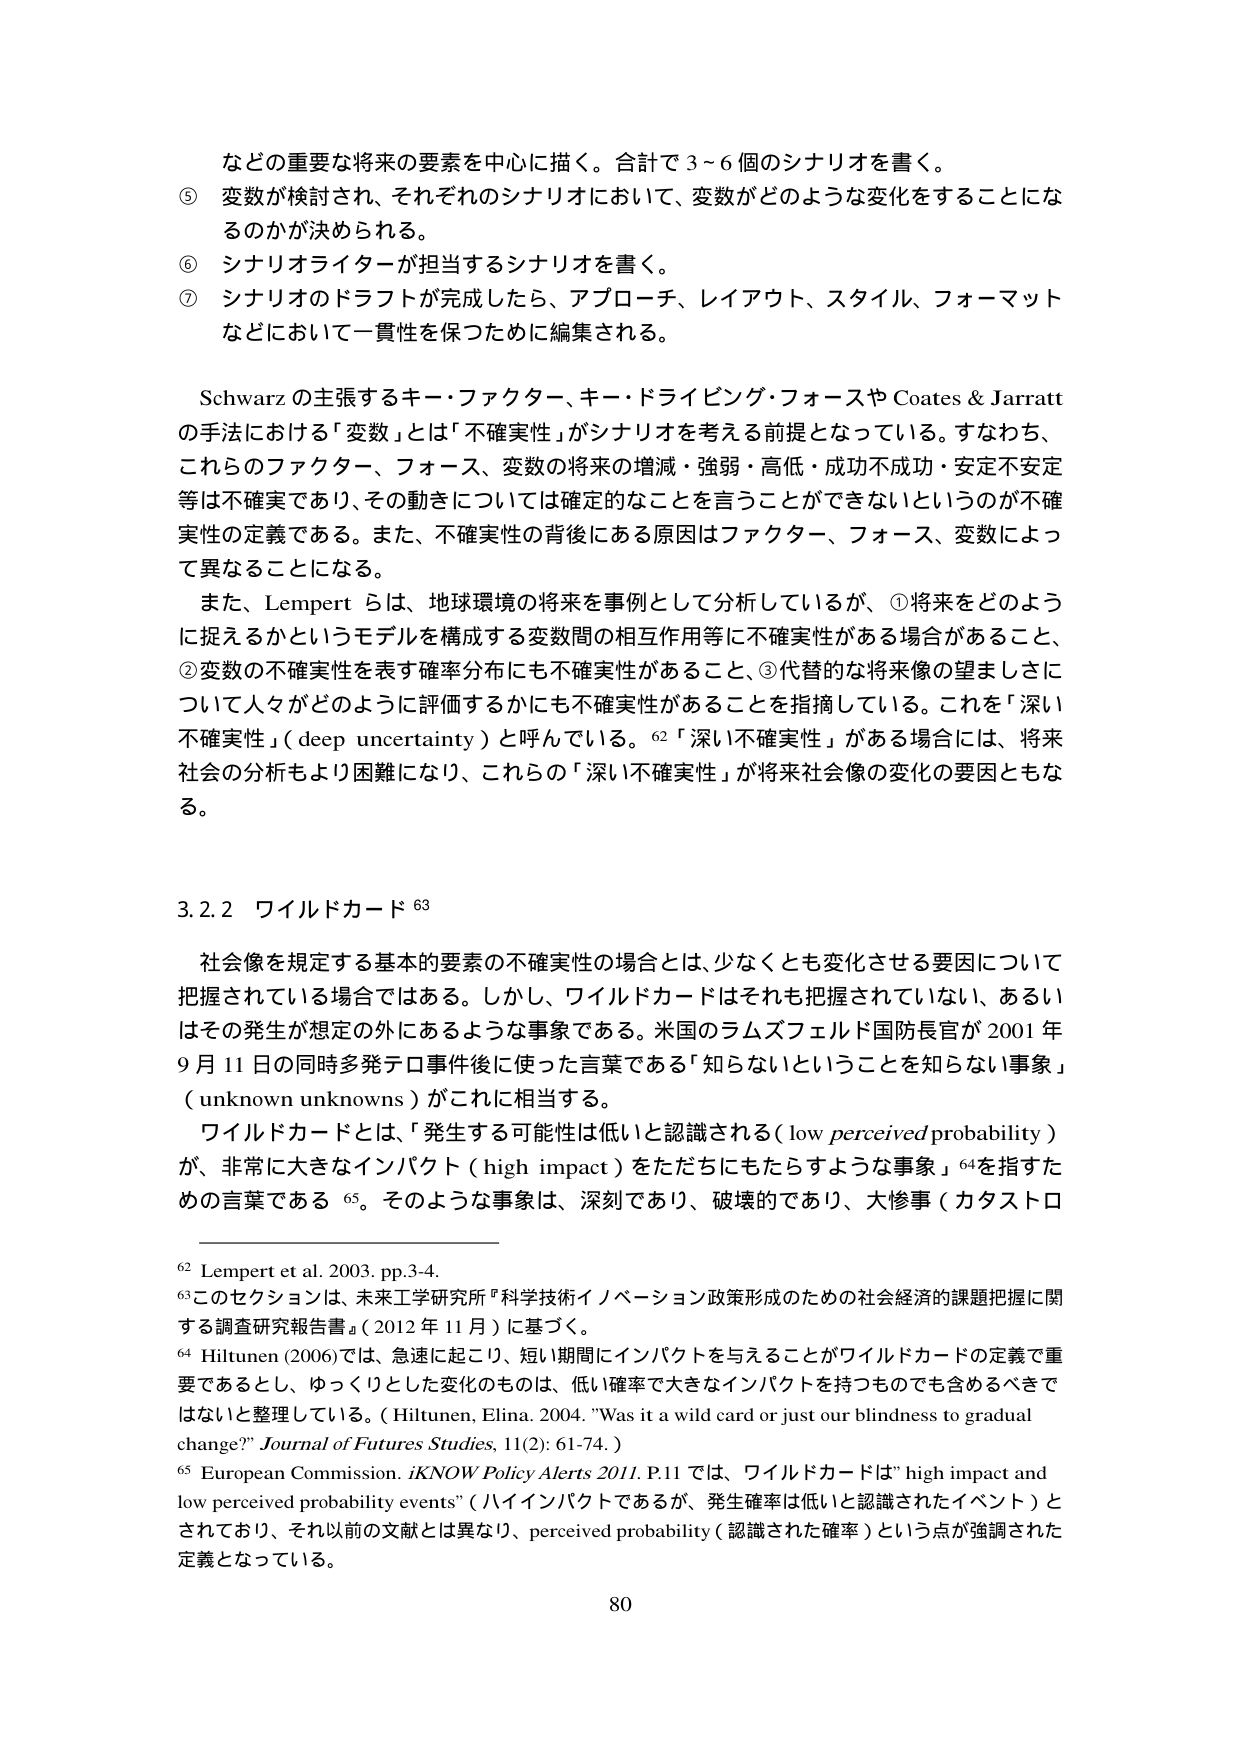
などの重要な将来の要素を中心に描く。合計で3～6個のシナリオを書く。
⑤ 変数が検討され、それぞれのシナリオにおいて、変数がどのような変化をすることになるのかが決められる。
⑥ シナリオライターが担当するシナリオを書く。
⑦ シナリオのドラフトが完成したら、アプローチ、レイアウト、スタイル、フォーマットなどにおいて一貫性を保つために編集される。

Schwarz の主張するキー・ファクター、キー・ドライビング・フォースや Coates & Jarratt の手法における「変数」とは「不確実性」がシナリオを考える前提となっている。すなわち、これらのファクター、フォース、変数の将来の増減・強弱・高低・成功不成功・安定不安定等は不確実であり、その動きについては確定的なことを言うことができないというのが不確実性の定義である。また、不確実性の背後にある原因はファクター、フォース、変数によって異なることになる。

また、Lempert らは、地球環境の将来を事例として分析しているが、①将来をどのように捉えるかというモデルを構成する変数間の相互作用等に不確実性がある場合があること、②変数の不確実性を表す確率分布にも不確実性があること、③代替的な将来像の望ましさについて人々がどのように評価するかにも不確実性があることを指摘している。これを「深い不確実性」（deep uncertainty）と呼んでいる。⁶²「深い不確実性」がある場合には、将来社会の分析もより困難になり、これらの「深い不確実性」が将来社会像の変化の要因ともなる。

3.2.2 ワイルドカード⁶³

社会像を規定する基本的要素の不確実性の場合とは、少なくとも変化させる要因について把握されている場合ではある。しかし、ワイルドカードはそれも把握されていない、あるいはその発生が想定の外にあるような事象である。米国のラムズフェルド国防長官が2001年9月11日の同時多発テロ事件後に使った言葉である「知らないということを知らない事象」（unknown unknowns）がこれに相当する。

ワイルドカードとは、「発生する可能性は低いと認識される（low perceived probability）が、非常に大きなインパクト（high impact）をただちにもたらすような事象」⁶⁴を指すための言葉である⁶⁵。そのような事象は、深刻であり、破壊的であり、大惨事（カタストロ

⁶² Lempert et al. 2003, pp.3-4.
⁶³ このセクションは、未来工学研究所『科学技術イノベーション政策形成のための社会経済的課題把握に関する調査研究報告書』（2012年11月）に基づく。
⁶⁴ Hiltunen (2006)では、急速に起こり、短い期間にインパクトを与えることがワイルドカードの定義で重要であるとし、ゆっくりとした変化のものは、低い確率で大きなインパクトを持つものでも含めるべきではないと整理している。（Hiltunen, Elina. 2004. "Was it a wild card or just our blindness to gradual change?" Journal of Futures Studies, 11(2): 61-74.）
⁶⁵ European Commission. iKNOW Policy Alerts 2011. P.11 では、ワイルドカードは" high impact and low perceived probability events"（ハイインパクトであるが、発生確率は低いと認識されたイベント）とされており、それ以前の文献とは異なり、perceived probability（認識された確率）という点が強調された定義となっている。

80